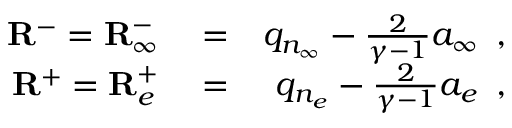
\begin{array} { r l r } { \mathbf { R } ^ { - } = { \mathbf { R } } _ { \infty } ^ { - } } & { { } = } & { q _ { n _ { \infty } } - \frac { 2 } { \gamma - 1 } a _ { \infty } \, \mathrm { ~ , ~ } } \\ { \mathbf { R } ^ { + } = { \mathbf { R } } _ { e } ^ { + } } & { { } = } & { q _ { n _ { e } } - \frac { 2 } { \gamma - 1 } a _ { e } \, \mathrm { ~ , ~ } } \end{array}